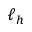
\ell _ { h }